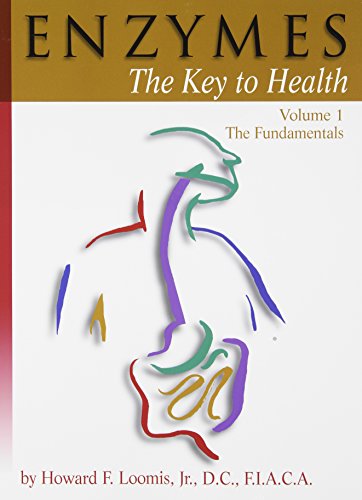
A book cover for Enzymes: The Key to Health, Vol. 1 (The Fundamentals); Howard F., Jr. Loomis; Medical Books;